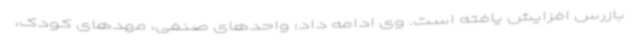
بازرس افزایش یافته است. وی ادامه داد: واحدهای صنفی، مهدهای کودک،